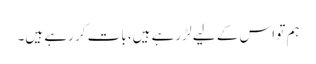
ہم تو اس کے لیے لڑ رہے ہیں، بات کر رہے ہیں۔